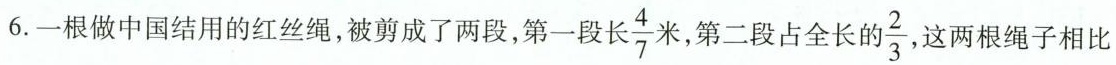
6.一根做中国结用的红丝绳，被剪成了两段，第一段长 \frac{4}{7} 米，第二段占全长的 \frac{2}{3} ，这两根绳子相比